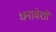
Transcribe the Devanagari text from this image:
धनावेशों